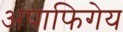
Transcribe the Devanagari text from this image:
अपाफिगेय